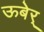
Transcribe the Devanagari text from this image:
ऊबेर्